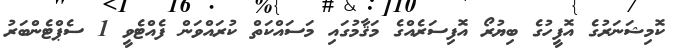
ކޮމިޝަނަރުގެ އޮފީހުގެ ބިޔުރޯ އޮފިސަރެއްގެ މަޤާމުގައި މަސައްކަތް ކުރައްވަން ފެއްޓެވީ 1 ސެޕްޓެންބަރު